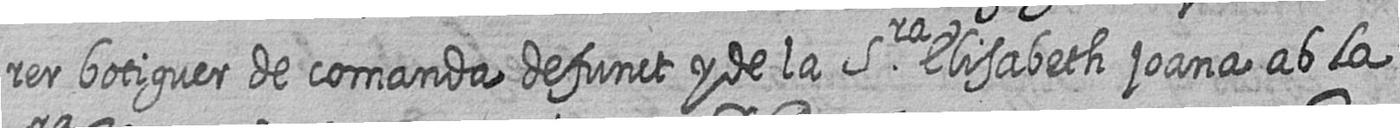
rer botiguer de comanda defunct y de la Sra Elisabeth joana ab la